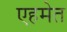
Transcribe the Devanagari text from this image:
एहमेत